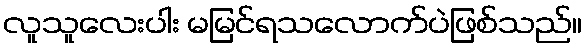
လူသူလေးပါး မမြင်ရသလောက်ပဲဖြစ်သည်။